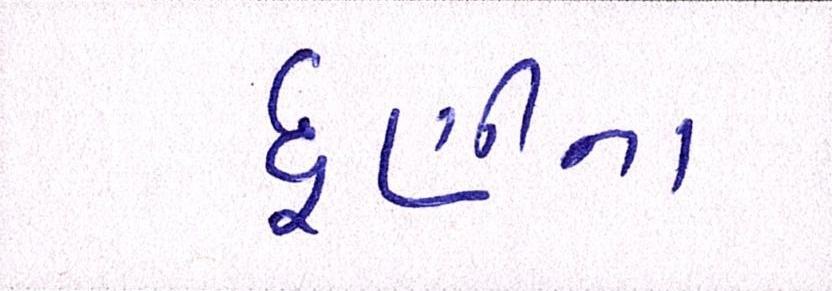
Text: ધૂણીના